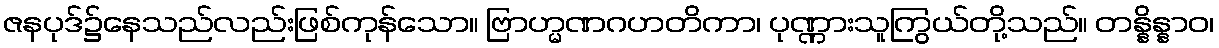
ဇနပုဒ်၌နေသည်လည်းဖြစ်ကုန်သော။ ဗြာဟ္မဏဂဟတိကာ၊ ပုဏ္ဏားသူကြွယ်တို့သည်။ တန္နိန္နာဝ၊